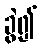
ခွဲ၍